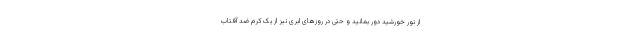
از نور خورشید دور بمانید و حتی در روزهای ابری نیز از یک کرم ضد آفتاب